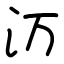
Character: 𬇕